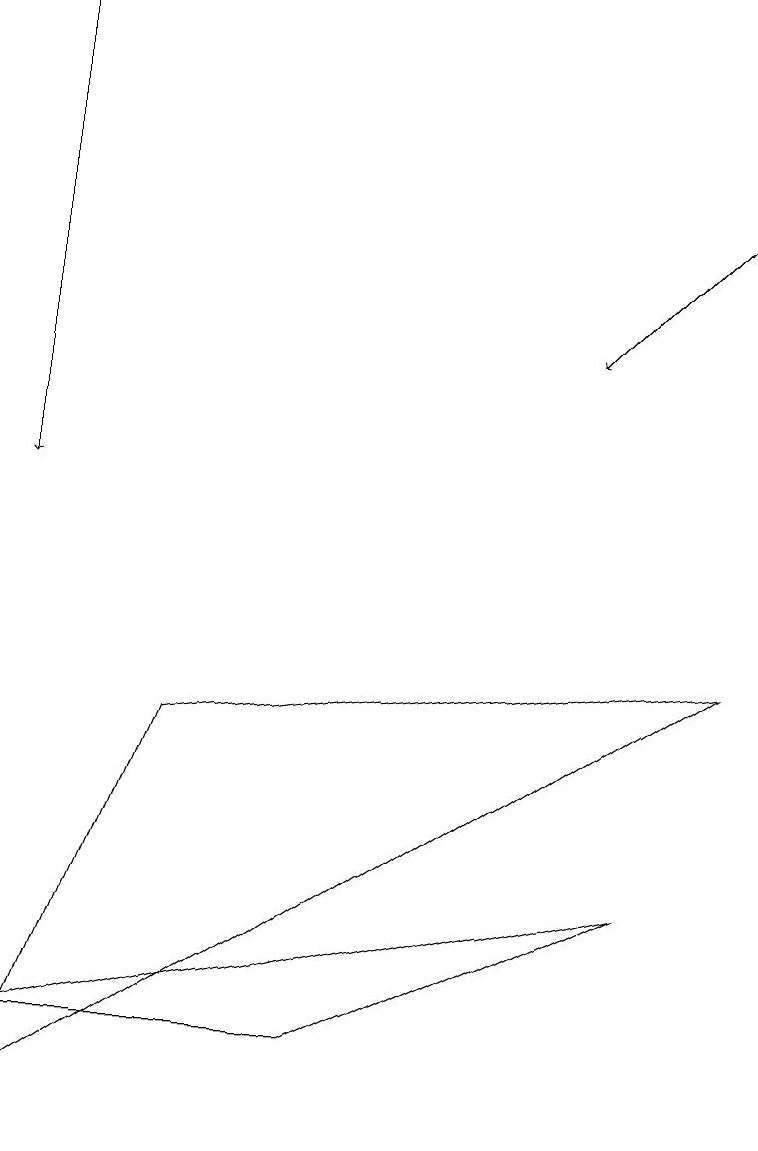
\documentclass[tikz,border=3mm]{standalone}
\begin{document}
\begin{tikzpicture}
\draw[->] (9,14) -- (7,12);
\draw (9,8) -- (2,7) -- (0,2) -- cycle;
\draw (4,3) -- (8,5) -- (0,3) -- cycle;
\draw[->] (0,16) -- (0,10);
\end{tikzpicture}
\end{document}